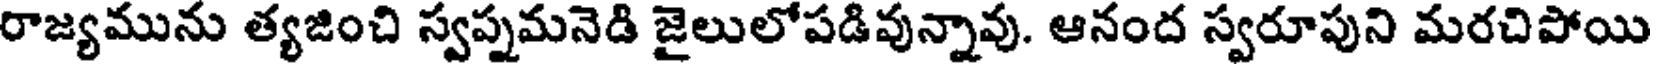
రాజ్యమును త్యజించి స్వప్నమనెడి జైలులోపడివున్నావు. ఆనంద స్వరూపుని మరచిపోయి